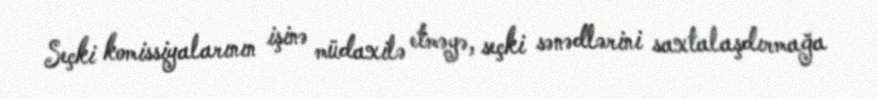
Seçki komissiyalarının işinə müdaxilə etməyə, seçki sənədlərini saxtalaşdırmağa